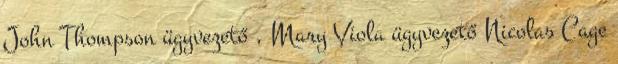
John Thompson ügyvezető , Mary Viola ügyvezető Nicolas Cage